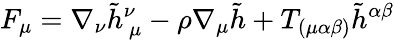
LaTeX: F_{\mu}=\nabla_{\nu}\tilde{h}_{~\mu}^{\nu}-\rho\nabla_{\mu}\tilde{h}+T_{(\mu\alpha\beta)}\tilde{h}^{\alpha\beta}